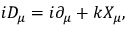
i D _ { \mu } = i \partial _ { \mu } + k X _ { \mu } ,